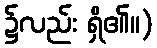
၌လည်း ရှိ၏။)